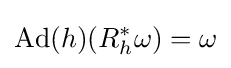
{\hbox{Ad}}(h)(R_{h}^{*}\omega )=\omega